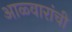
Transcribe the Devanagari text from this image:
आळ्वारांची